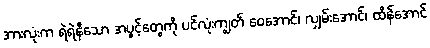
အားလုံးက ရဲရဲနီသော အပွင့်တွေကို ပင်လုံးကျွတ် ဝေအောင်၊ လျှမ်းအောင်၊ ထိန်အောင်